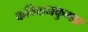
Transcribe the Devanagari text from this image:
कविराजकुमार